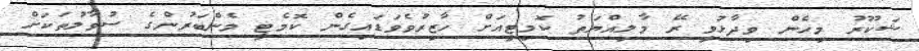
ޝަކޫރު މިހެން ވިދާޅުވީ ރޭ މާލިއްޔަތު ކޮމިޓީއަށް ހާޒިރުވެވަޑައިގެން ކޮމެޓީ މެންބަރުންގެ ސުވާލުތަކަށް